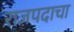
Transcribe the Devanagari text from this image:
राजपदाचा